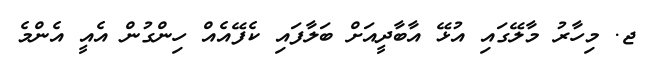
ޖ. މިހާރު މާލޭގައި އުޅޭ އާބާދީއަށް ބަލާފައި ކެފޭއެއް ހިންގުން އެއީ އެންމެ